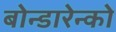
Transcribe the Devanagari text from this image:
बोन्डारेन्को